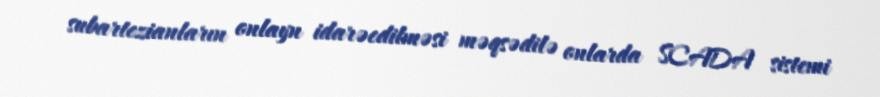
subartezianların onlayn idarəedilməsi məqsədilə onlarda SCADA sistemi